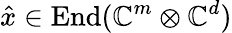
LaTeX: \hat{x}\in\operatorname{End}(\mathbb{C}^{m}\otimes\mathbb{C}^{d})